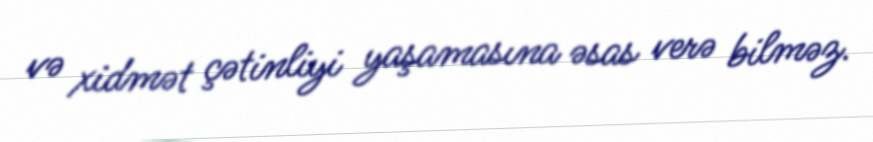
və xidmət çətinliyi yaşamasına əsas verə bilməz.